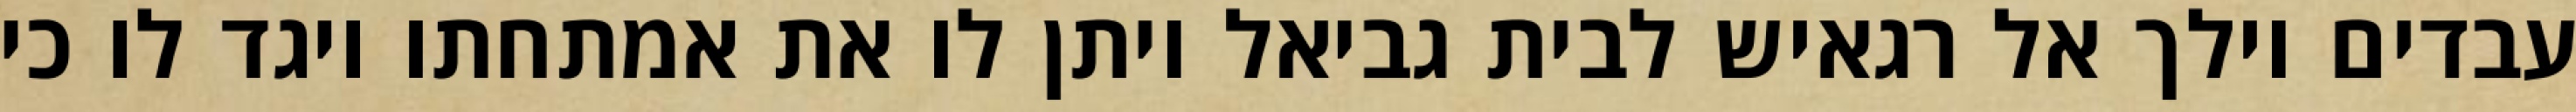
עבדים וילך אל רגאיש לבית גביאל ויתן לו את אמתחתו ויגד לו כי